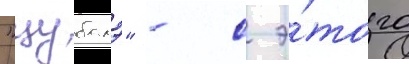
"цубамэ" - с э́того